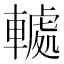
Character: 𮝤